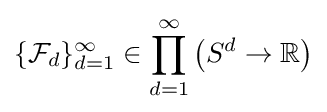
\{{\mathcal {F}}_{d}\}_{d=1}^{\infty }\in \prod _{d=1}^{\infty }{\left(S^{d}\to \mathbb {R} \right)}